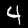
Digit: 4